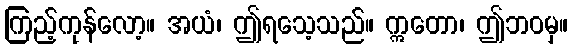
ကြည့်ကုန်လော့။ အယံ၊ ဤရသေ့သည်။ ဣတော၊ ဤဘဝမှ။